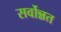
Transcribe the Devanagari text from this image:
सर्वोन्नत